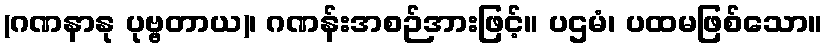
(ဂဏနာနု ပုဗ္ဗတာယ)၊ ဂဏန်းအစဉ်အားဖြင့်။ ပဌမံ၊ ပထမဖြစ်သော။